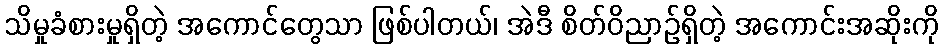
သိမှုခံစားမှုရှိတဲ့ အကောင်တွေသာ ဖြစ်ပါတယ်၊ အဲဒီ စိတ်ဝိညာဉ်ရှိတဲ့ အကောင်းအဆိုးကို